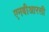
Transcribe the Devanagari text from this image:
एनबीआरसी